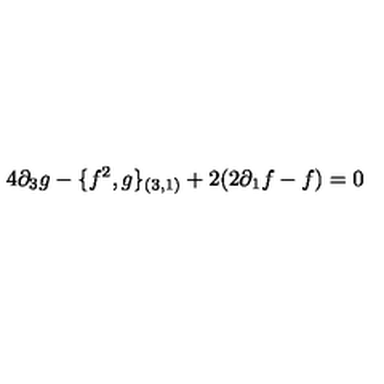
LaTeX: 4 \partial _ { 3 } g - \{ f ^ { 2 } , g \} _ { ( 3 , 1 ) } + 2 ( 2 \partial _ { 1 } f - f ) = 0